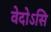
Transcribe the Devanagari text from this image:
वेदोऽसि